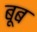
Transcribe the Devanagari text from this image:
बूब